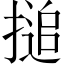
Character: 搥